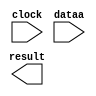
// megafunction wizard: %LPM_MULT%VBB%
// GENERATION: STANDARD
// VERSION: WM1.0
// MODULE: altsquare 

// ============================================================
// Megafunction Name(s):
// 			altsquare
//
// Simulation Library Files(s):
// 			altera_mf
// ============================================================
// ************************************************************
// THIS IS A WIZARD-GENERATED FILE. DO NOT EDIT THIS FILE!
//
// 9.0 Build 132 02/25/2009 SJ Full Version
// ************************************************************

//Copyright (C) 1991-2009 Altera Corporation
//Your use of Altera Corporation's design tools, logic functions 
//and other software and tools, and its AMPP partner logic 
//functions, and any output files from any of the foregoing 
//(including device programming or simulation files), and any 
//associated documentation or information are expressly subject 
//to the terms and conditions of the Altera Program License 
//Subscription Agreement, Altera MegaCore Function License 
//Agreement, or other applicable license agreement, including, 
//without limitation, that your use is for the sole purpose of 
//programming logic devices manufactured by Altera and sold by 
//Altera or its authorized distributors.  Please refer to the 
//applicable agreement for further details.

module mult16 (
	clock,
	dataa,
	result);

	input	  clock;
	input	[15:0]  dataa;
	output	[31:0]  result;

endmodule

// ============================================================
// CNX file retrieval info
// ============================================================
// Retrieval info: PRIVATE: AutoSizeResult NUMERIC "1"
// Retrieval info: PRIVATE: B_isConstant NUMERIC "0"
// Retrieval info: PRIVATE: ConstantB NUMERIC "0"
// Retrieval info: PRIVATE: INTENDED_DEVICE_FAMILY STRING "Cyclone III"
// Retrieval info: PRIVATE: LPM_PIPELINE NUMERIC "1"
// Retrieval info: PRIVATE: Latency NUMERIC "1"
// Retrieval info: PRIVATE: SYNTH_WRAPPER_GEN_POSTFIX STRING "0"
// Retrieval info: PRIVATE: SignedMult NUMERIC "1"
// Retrieval info: PRIVATE: USE_MULT NUMERIC "0"
// Retrieval info: PRIVATE: ValidConstant NUMERIC "0"
// Retrieval info: PRIVATE: WidthA NUMERIC "16"
// Retrieval info: PRIVATE: WidthB NUMERIC "16"
// Retrieval info: PRIVATE: WidthP NUMERIC "32"
// Retrieval info: PRIVATE: aclr NUMERIC "0"
// Retrieval info: PRIVATE: clken NUMERIC "0"
// Retrieval info: PRIVATE: optimize NUMERIC "0"
// Retrieval info: CONSTANT: DATA_WIDTH NUMERIC "16"
// Retrieval info: CONSTANT: LPM_TYPE STRING "ALTSQUARE"
// Retrieval info: CONSTANT: PIPELINE NUMERIC "1"
// Retrieval info: CONSTANT: REPRESENTATION STRING "SIGNED"
// Retrieval info: CONSTANT: RESULT_WIDTH NUMERIC "32"
// Retrieval info: USED_PORT: clock 0 0 0 0 INPUT NODEFVAL clock
// Retrieval info: USED_PORT: dataa 0 0 16 0 INPUT NODEFVAL dataa[15..0]
// Retrieval info: USED_PORT: result 0 0 32 0 OUTPUT NODEFVAL result[31..0]
// Retrieval info: CONNECT: @data 0 0 16 0 dataa 0 0 16 0
// Retrieval info: CONNECT: result 0 0 32 0 @result 0 0 32 0
// Retrieval info: CONNECT: @clock 0 0 0 0 clock 0 0 0 0
// Retrieval info: LIBRARY: altera_mf altera_mf.altera_mf_components.all
// Retrieval info: GEN_FILE: TYPE_NORMAL mult16.v TRUE
// Retrieval info: GEN_FILE: TYPE_NORMAL mult16.inc TRUE
// Retrieval info: GEN_FILE: TYPE_NORMAL mult16.cmp TRUE
// Retrieval info: GEN_FILE: TYPE_NORMAL mult16.bsf TRUE FALSE
// Retrieval info: GEN_FILE: TYPE_NORMAL mult16_inst.v TRUE
// Retrieval info: GEN_FILE: TYPE_NORMAL mult16_bb.v TRUE
// Retrieval info: LIB_FILE: altera_mf